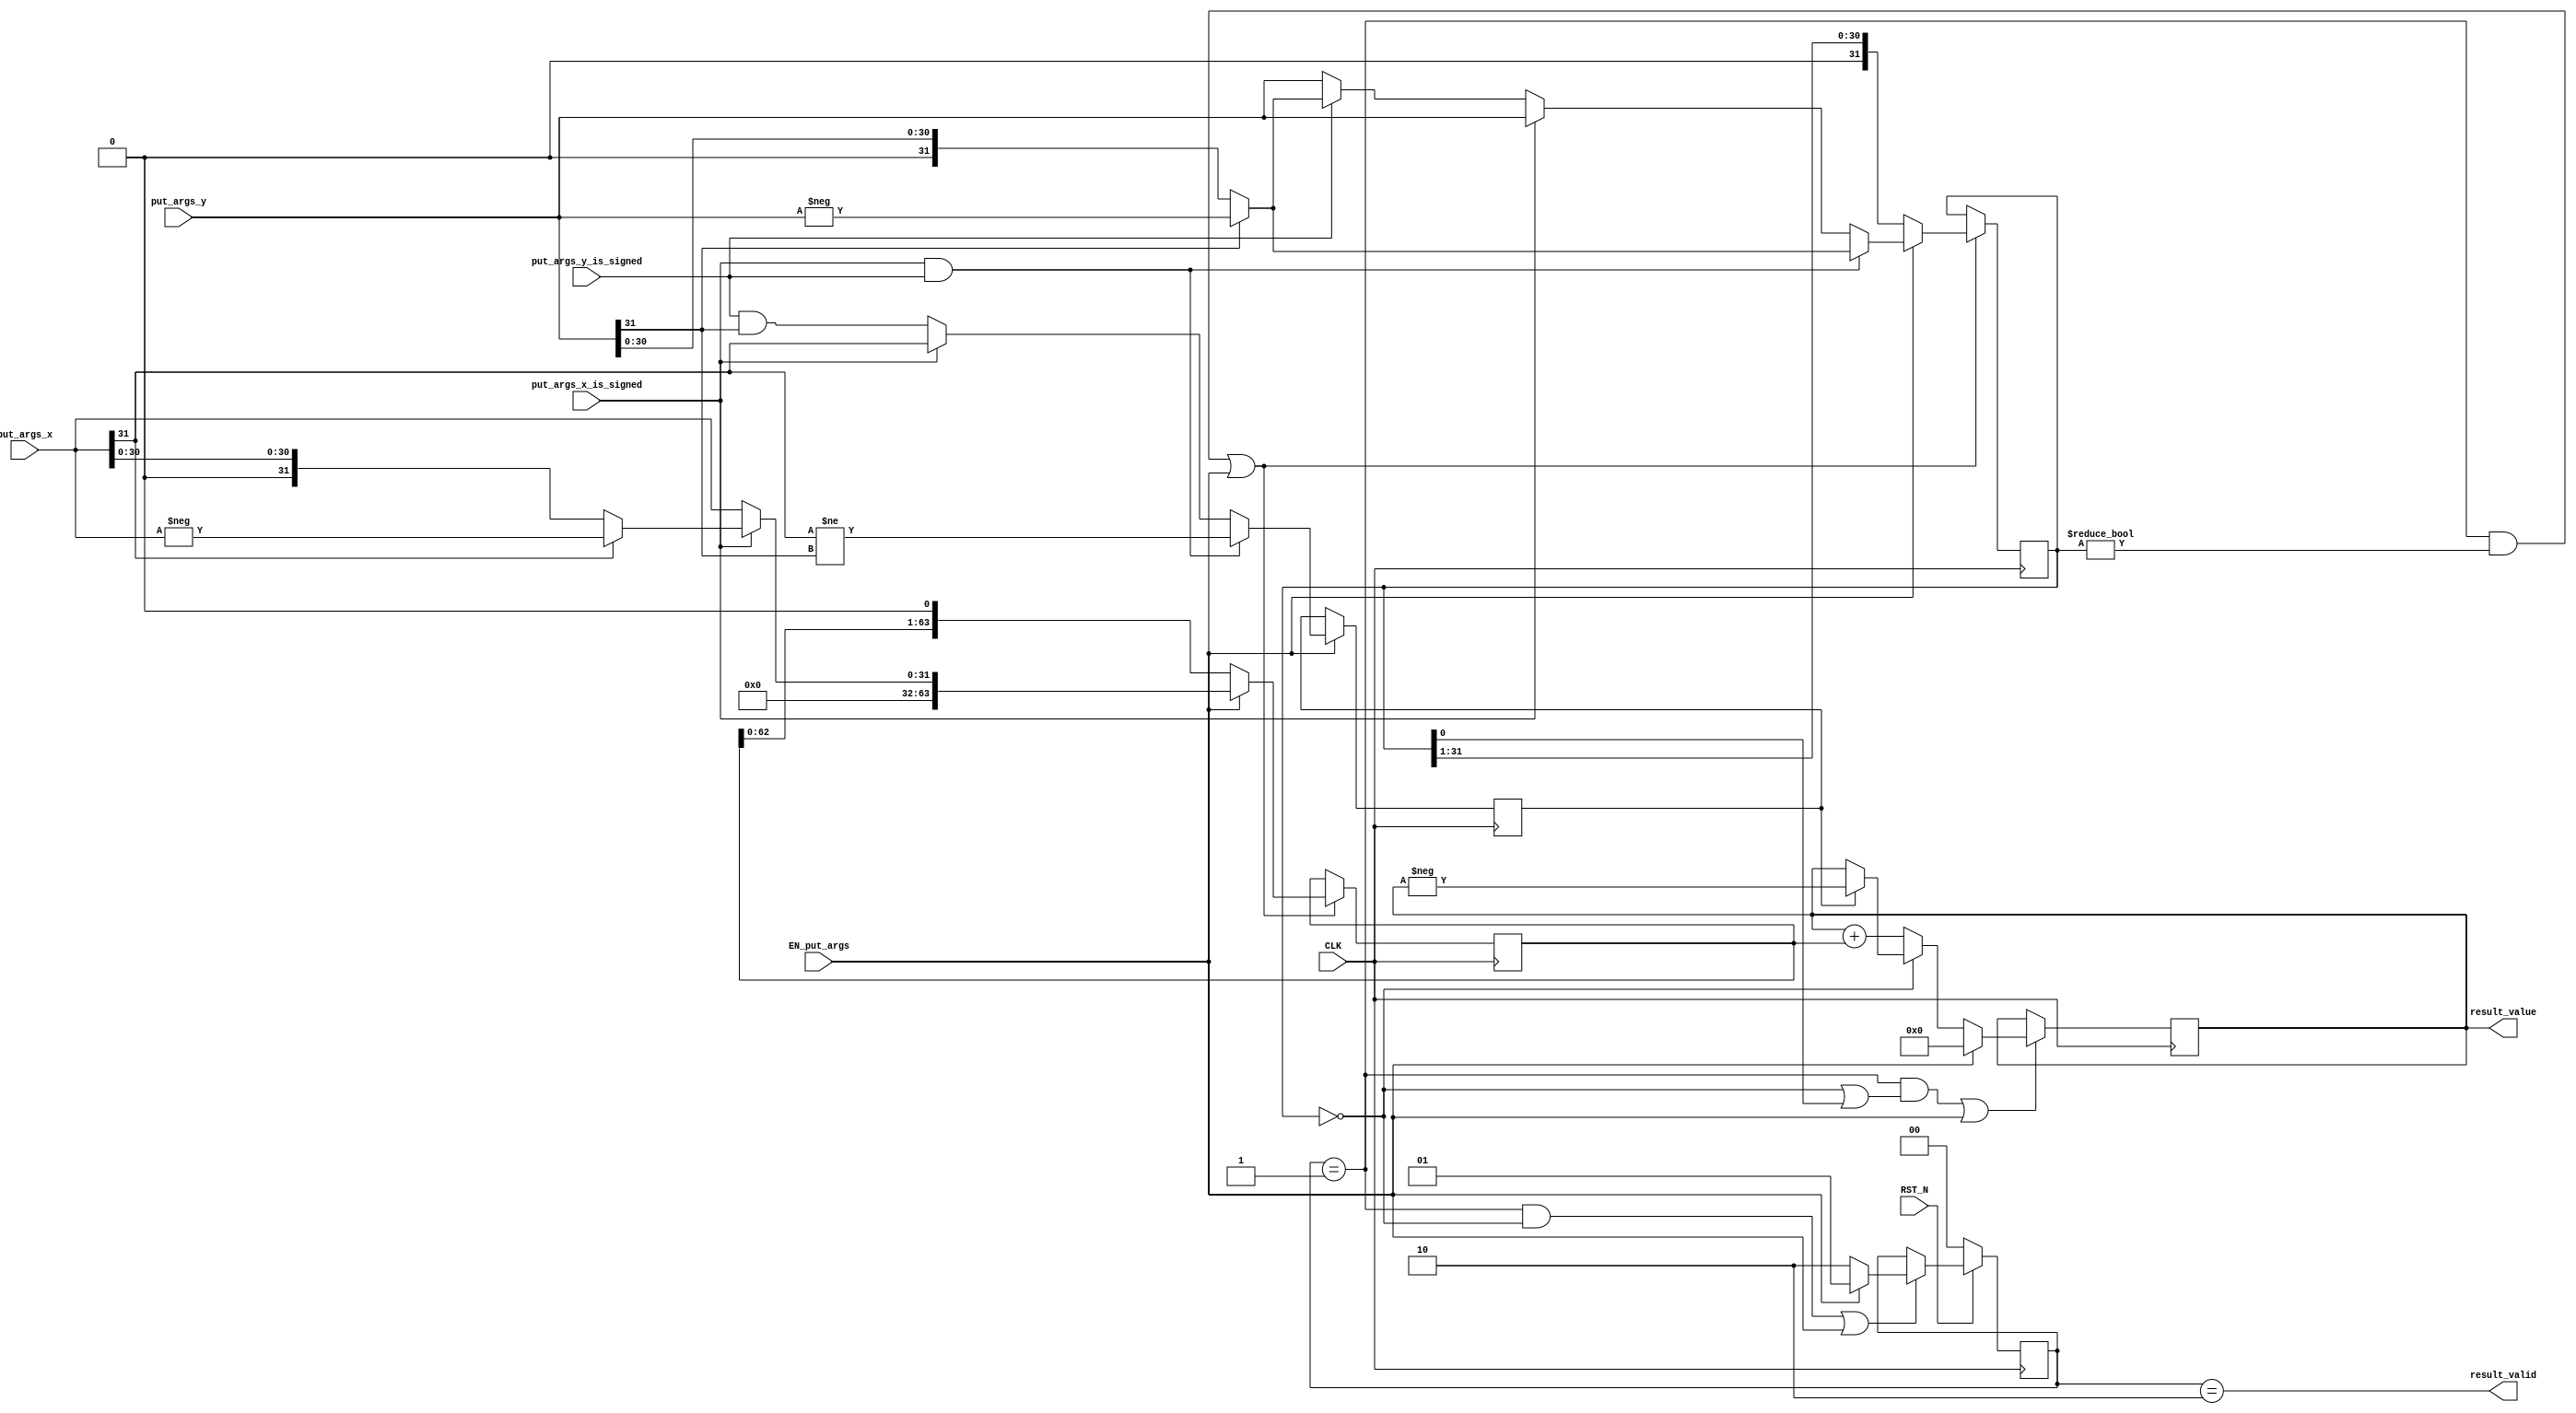
//
// Generated by Bluespec Compiler, version 2019.05.beta2 (build a88bf40db, 2019-05-24)
//
//
//
//
// Ports:
// Name                         I/O  size props
// result_valid                   O     1
// result_value                   O    64 reg
// CLK                            I     1 clock
// RST_N                          I     1 reset
// put_args_x_is_signed           I     1
// put_args_x                     I    32
// put_args_y_is_signed           I     1
// put_args_y                     I    32
// EN_put_args                    I     1
//
// No combinational paths from inputs to outputs
//
//

`ifdef BSV_ASSIGNMENT_DELAY
`else
  `define BSV_ASSIGNMENT_DELAY
`endif

`ifdef BSV_POSITIVE_RESET
  `define BSV_RESET_VALUE 1'b1
  `define BSV_RESET_EDGE posedge
`else
  `define BSV_RESET_VALUE 1'b0
  `define BSV_RESET_EDGE negedge
`endif

module mkIntMul_32(CLK,
		   RST_N,

		   put_args_x_is_signed,
		   put_args_x,
		   put_args_y_is_signed,
		   put_args_y,
		   EN_put_args,

		   result_valid,

		   result_value);
  input  CLK;
  input  RST_N;

  // action method put_args
  input  put_args_x_is_signed;
  input  [31 : 0] put_args_x;
  input  put_args_y_is_signed;
  input  [31 : 0] put_args_y;
  input  EN_put_args;

  // value method result_valid
  output result_valid;

  // value method result_value
  output [63 : 0] result_value;

  // signals for module outputs
  wire [63 : 0] result_value;
  wire result_valid;

  // register m_rg_isNeg
  reg m_rg_isNeg;
  wire m_rg_isNeg$D_IN, m_rg_isNeg$EN;

  // register m_rg_signed
  reg m_rg_signed;
  wire m_rg_signed$D_IN, m_rg_signed$EN;

  // register m_rg_state
  reg [1 : 0] m_rg_state;
  wire [1 : 0] m_rg_state$D_IN;
  wire m_rg_state$EN;

  // register m_rg_x
  reg [63 : 0] m_rg_x;
  wire [63 : 0] m_rg_x$D_IN;
  wire m_rg_x$EN;

  // register m_rg_xy
  reg [63 : 0] m_rg_xy;
  wire [63 : 0] m_rg_xy$D_IN;
  wire m_rg_xy$EN;

  // register m_rg_y
  reg [31 : 0] m_rg_y;
  wire [31 : 0] m_rg_y$D_IN;
  wire m_rg_y$EN;

  // rule scheduling signals
  wire CAN_FIRE_RL_m_compute,
       CAN_FIRE_put_args,
       WILL_FIRE_RL_m_compute,
       WILL_FIRE_put_args;

  // inputs to muxes for submodule ports
  wire [63 : 0] MUX_m_rg_x$write_1__VAL_1,
		MUX_m_rg_x$write_1__VAL_2,
		MUX_m_rg_xy$write_1__VAL_2;
  wire [31 : 0] MUX_m_rg_y$write_1__VAL_1, MUX_m_rg_y$write_1__VAL_2;

  // remaining internal signals
  wire [63 : 0] x__h274, x__h367, xy___1__h291;
  wire [31 : 0] _theResult___fst__h528,
		_theResult___fst__h531,
		_theResult___fst__h573,
		_theResult___fst__h576,
		_theResult___snd_fst__h568;
  wire IF_put_args_x_is_signed_THEN_put_args_x_BIT_31_ETC___d34;

  // action method put_args
  assign CAN_FIRE_put_args = 1'd1 ;
  assign WILL_FIRE_put_args = EN_put_args ;

  // value method result_valid
  assign result_valid = m_rg_state == 2'd2 ;

  // value method result_value
  assign result_value = m_rg_xy ;

  // rule RL_m_compute
  assign CAN_FIRE_RL_m_compute = m_rg_state == 2'd1 ;
  assign WILL_FIRE_RL_m_compute = CAN_FIRE_RL_m_compute ;

  // inputs to muxes for submodule ports
  assign MUX_m_rg_x$write_1__VAL_1 = { 32'd0, _theResult___fst__h528 } ;
  assign MUX_m_rg_x$write_1__VAL_2 = { m_rg_x[62:0], 1'd0 } ;
  assign MUX_m_rg_xy$write_1__VAL_2 = (m_rg_y == 32'd0) ? x__h274 : x__h367 ;
  assign MUX_m_rg_y$write_1__VAL_1 =
	     (put_args_x_is_signed && put_args_y_is_signed) ?
	       _theResult___fst__h576 :
	       _theResult___snd_fst__h568 ;
  assign MUX_m_rg_y$write_1__VAL_2 = { 1'd0, m_rg_y[31:1] } ;

  // register m_rg_isNeg
  assign m_rg_isNeg$D_IN =
	     (put_args_x_is_signed && put_args_y_is_signed) ?
	       put_args_x[31] != put_args_y[31] :
	       IF_put_args_x_is_signed_THEN_put_args_x_BIT_31_ETC___d34 ;
  assign m_rg_isNeg$EN = EN_put_args ;

  // register m_rg_signed
  assign m_rg_signed$D_IN = 1'b0 ;
  assign m_rg_signed$EN = 1'b0 ;

  // register m_rg_state
  assign m_rg_state$D_IN = EN_put_args ? 2'd1 : 2'd2 ;
  assign m_rg_state$EN =
	     WILL_FIRE_RL_m_compute && m_rg_y == 32'd0 || EN_put_args ;

  // register m_rg_x
  assign m_rg_x$D_IN =
	     EN_put_args ?
	       MUX_m_rg_x$write_1__VAL_1 :
	       MUX_m_rg_x$write_1__VAL_2 ;
  assign m_rg_x$EN =
	     WILL_FIRE_RL_m_compute && m_rg_y != 32'd0 || EN_put_args ;

  // register m_rg_xy
  assign m_rg_xy$D_IN = EN_put_args ? 64'd0 : MUX_m_rg_xy$write_1__VAL_2 ;
  assign m_rg_xy$EN =
	     WILL_FIRE_RL_m_compute && (m_rg_y == 32'd0 || m_rg_y[0]) ||
	     EN_put_args ;

  // register m_rg_y
  assign m_rg_y$D_IN =
	     EN_put_args ?
	       MUX_m_rg_y$write_1__VAL_1 :
	       MUX_m_rg_y$write_1__VAL_2 ;
  assign m_rg_y$EN =
	     WILL_FIRE_RL_m_compute && m_rg_y != 32'd0 || EN_put_args ;

  // remaining internal signals
  assign IF_put_args_x_is_signed_THEN_put_args_x_BIT_31_ETC___d34 =
	     put_args_x_is_signed ?
	       put_args_x[31] :
	       put_args_y_is_signed && put_args_y[31] ;
  assign _theResult___fst__h528 =
	     put_args_x_is_signed ? _theResult___fst__h531 : put_args_x ;
  assign _theResult___fst__h531 = put_args_x[31] ? -put_args_x : put_args_x ;
  assign _theResult___fst__h573 =
	     put_args_y_is_signed ? _theResult___fst__h576 : put_args_y ;
  assign _theResult___fst__h576 = put_args_y[31] ? -put_args_y : put_args_y ;
  assign _theResult___snd_fst__h568 =
	     put_args_x_is_signed ? put_args_y : _theResult___fst__h573 ;
  assign x__h274 = m_rg_isNeg ? xy___1__h291 : m_rg_xy ;
  assign x__h367 = m_rg_xy + m_rg_x ;
  assign xy___1__h291 = -m_rg_xy ;

  // handling of inlined registers

  always@(posedge CLK)
  begin
    if (RST_N == `BSV_RESET_VALUE)
      begin
        m_rg_state <= `BSV_ASSIGNMENT_DELAY 2'd0;
      end
    else
      begin
        if (m_rg_state$EN)
	  m_rg_state <= `BSV_ASSIGNMENT_DELAY m_rg_state$D_IN;
      end
    if (m_rg_isNeg$EN) m_rg_isNeg <= `BSV_ASSIGNMENT_DELAY m_rg_isNeg$D_IN;
    if (m_rg_signed$EN) m_rg_signed <= `BSV_ASSIGNMENT_DELAY m_rg_signed$D_IN;
    if (m_rg_x$EN) m_rg_x <= `BSV_ASSIGNMENT_DELAY m_rg_x$D_IN;
    if (m_rg_xy$EN) m_rg_xy <= `BSV_ASSIGNMENT_DELAY m_rg_xy$D_IN;
    if (m_rg_y$EN) m_rg_y <= `BSV_ASSIGNMENT_DELAY m_rg_y$D_IN;
  end

  // synopsys translate_off
  `ifdef BSV_NO_INITIAL_BLOCKS
  `else // not BSV_NO_INITIAL_BLOCKS
  initial
  begin
    m_rg_isNeg = 1'h0;
    m_rg_signed = 1'h0;
    m_rg_state = 2'h2;
    m_rg_x = 64'hAAAAAAAAAAAAAAAA;
    m_rg_xy = 64'hAAAAAAAAAAAAAAAA;
    m_rg_y = 32'hAAAAAAAA;
  end
  `endif // BSV_NO_INITIAL_BLOCKS
  // synopsys translate_on
endmodule  // mkIntMul_32